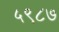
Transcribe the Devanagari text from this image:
५९८७